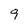
Character: 9